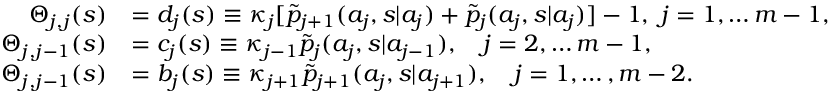
\begin{array} { r l } { \Theta _ { j , j } ( s ) } & { = d _ { j } ( s ) \equiv \kappa _ { j } [ \widetilde { p } _ { j + 1 } ( a _ { j } , s | a _ { j } ) + \widetilde { p } _ { j } ( a _ { j } , s | a _ { j } ) ] - 1 , \ j = 1 , \ldots m - 1 , } \\ { \Theta _ { j , j - 1 } ( s ) } & { = c _ { j } ( s ) \equiv \kappa _ { j - 1 } \widetilde { p } _ { j } ( a _ { j } , s | a _ { j - 1 } ) , \quad j = 2 , \ldots m - 1 , } \\ { \Theta _ { j , j - 1 } ( s ) } & { = b _ { j } ( s ) \equiv \kappa _ { j + 1 } \widetilde { p } _ { j + 1 } ( a _ { j } , s | a _ { j + 1 } ) , \quad j = 1 , \ldots , m - 2 . } \end{array}